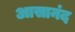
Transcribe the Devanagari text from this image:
आसानंद